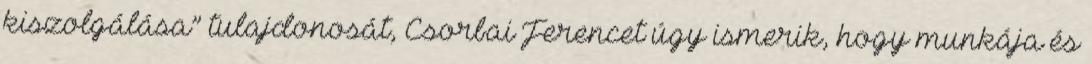
kiszolgálása” tulajdonosát, Csorbai Ferencet úgy ismerik, hogy munkája és